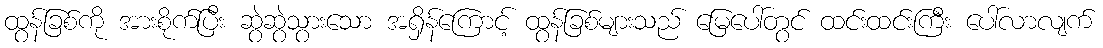
ထွန်ခြစ်ကို အားစိုက်ပြီး ဆွဲဆွဲသွားသော အရှိန်ကြောင့် ထွန်ခြစ်များသည် မြေပေါ်တွင် ထင်းထင်းကြီး ပေါ်လာလျက်